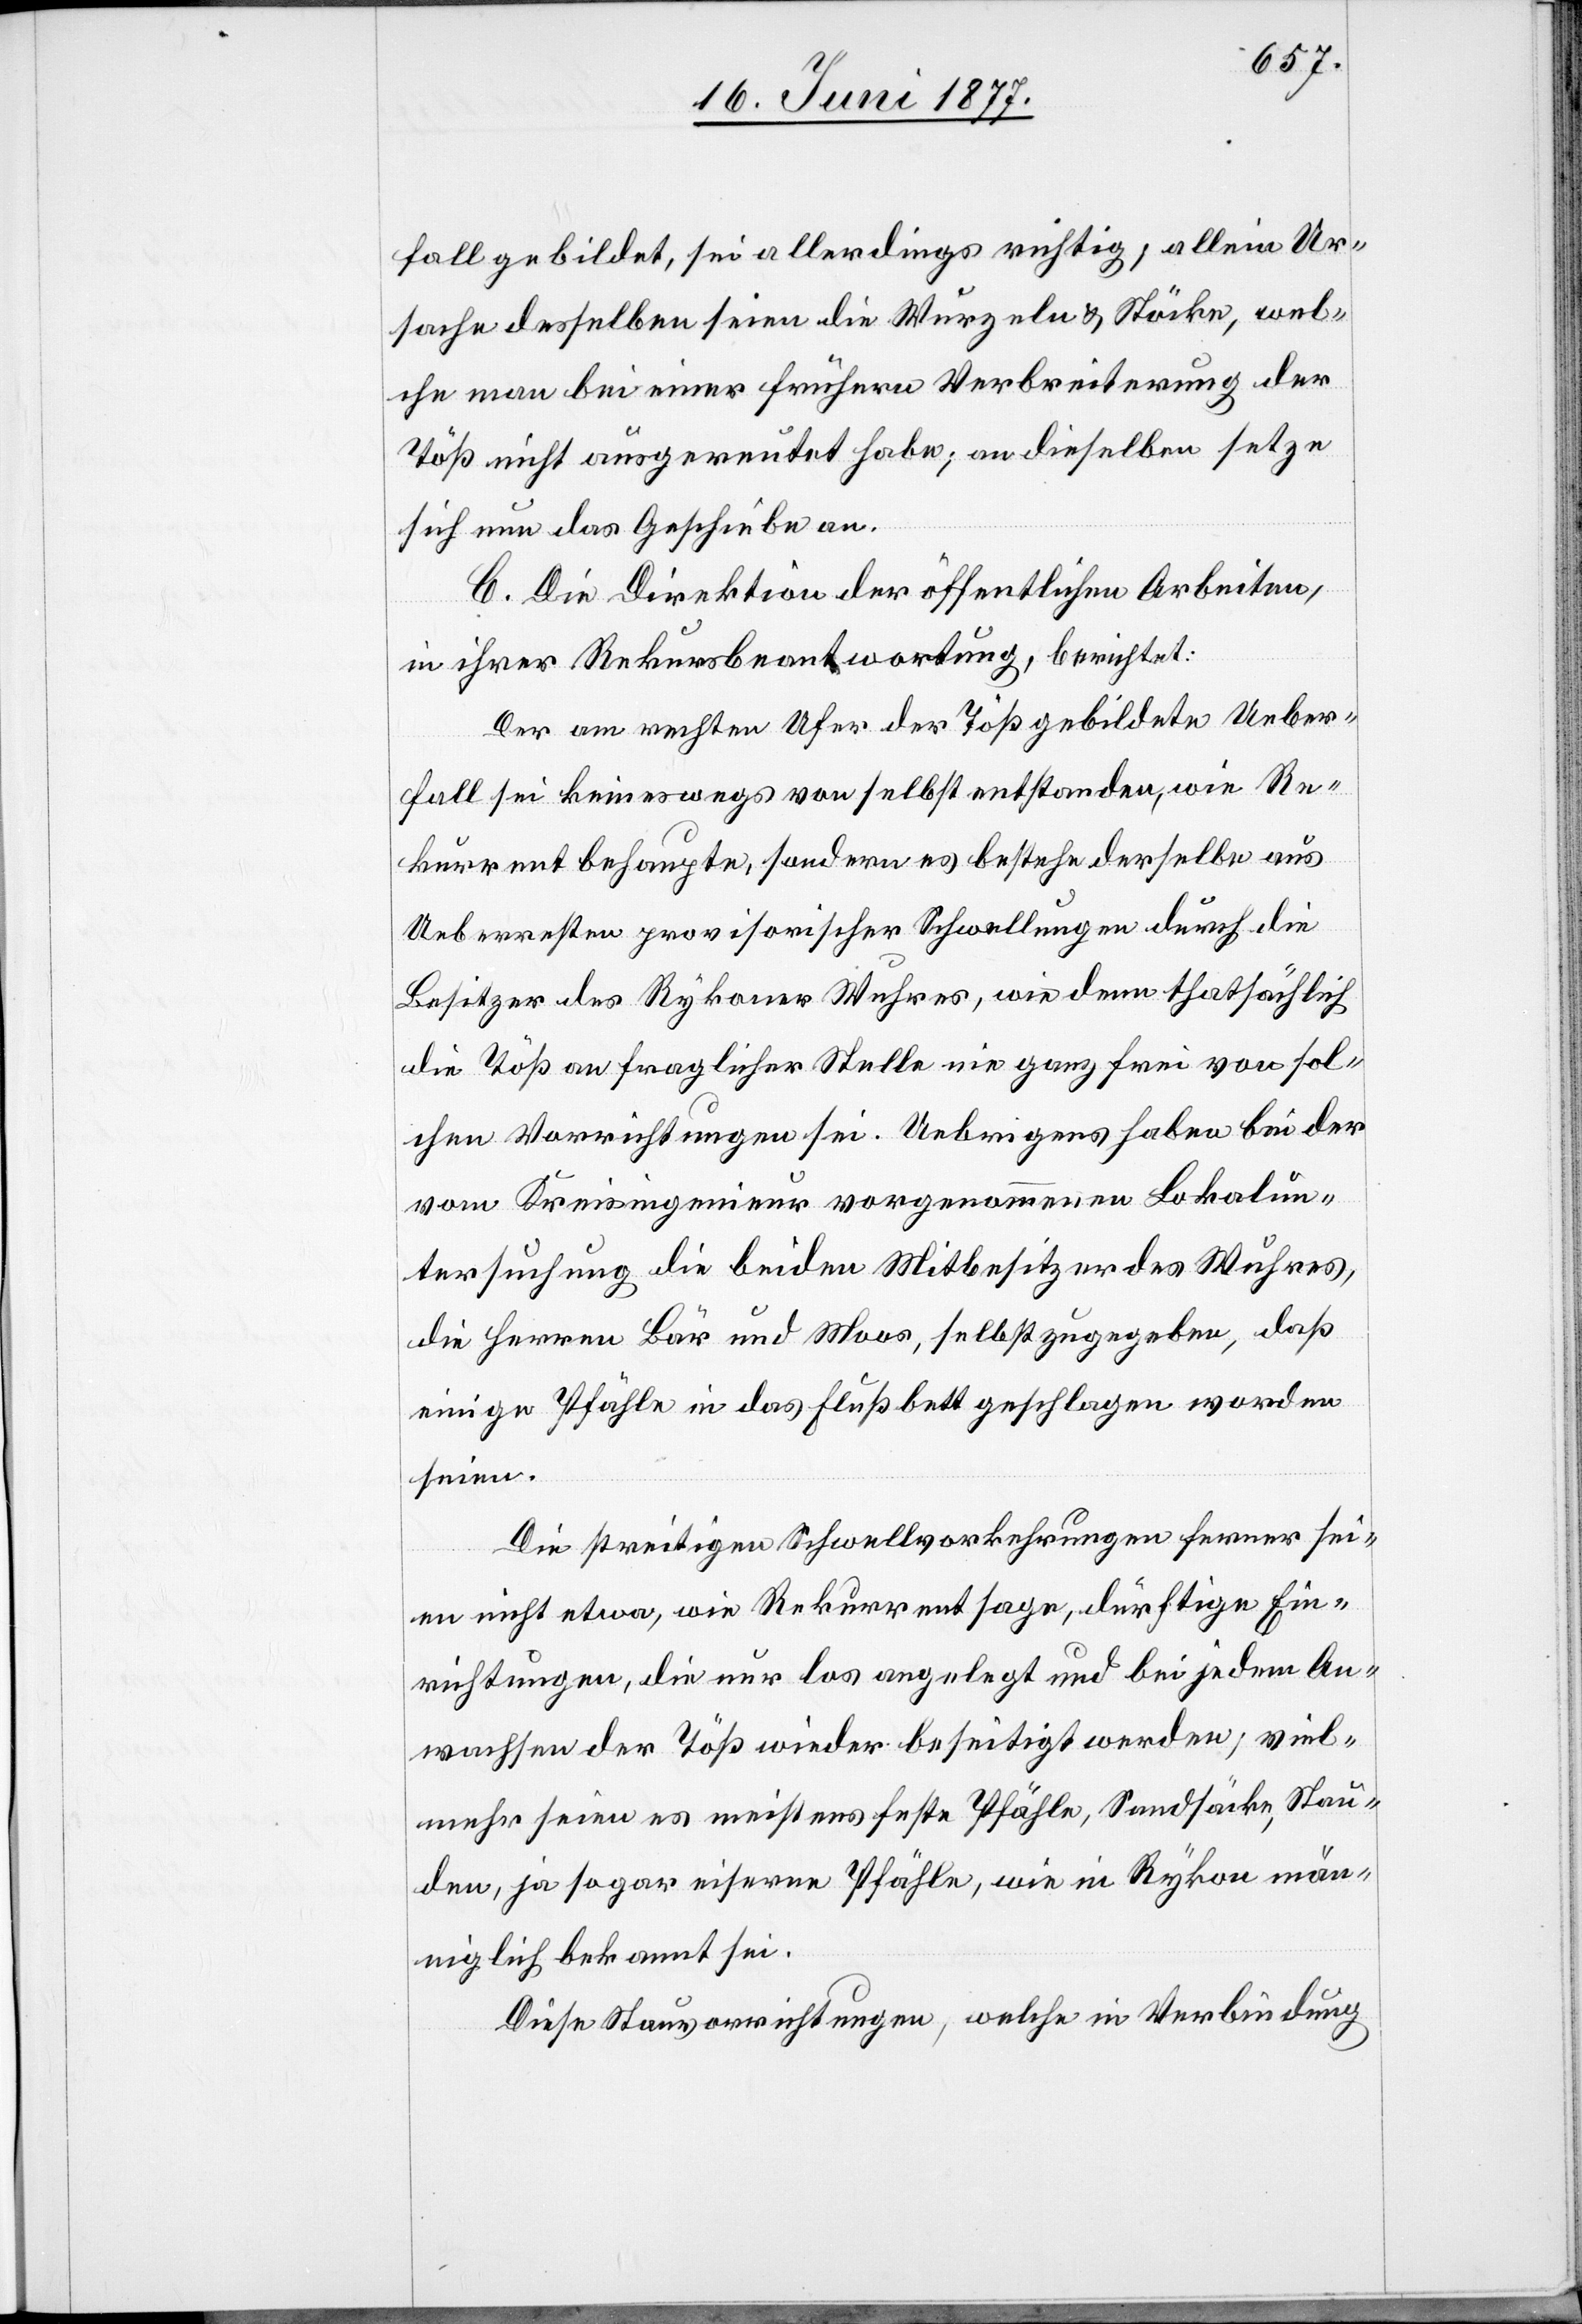
fall gebildet, sei allerdings richtig; allein Ur¬
sache desselben seien die Wurzeln und Stöcke, wel¬
che man bei einer frühern Verbreiterung der
Töß nicht ausgereutet habe; an dieselben setze
sich nun das Geschiebe an.
C. Die Direktion der öffentlichen Arbeiten,
in ihrer Rekursbeantwortung, berichtet:
Der am rechten Ufer der Töß gebildete Ueber¬
fall sei keineswegs von selbst entstanden, wie Re¬
kurrent behaupte, sondern es bestehe derselbe aus
Ueberresten provisorischer Schwellungen durch die
Besitzer des Rykoner Wuhres, wie denn thatsächlich
die Töß an fraglicher Stelle ein ganz frei von sol¬
chen Vorrichtungen sei. Uebrigens haben bei der
vom Kreisingenieur vorgenommenen Lokalun¬
tersuchung die beiden Mitbesitzer des Wuhres,
die Herren Bär und Moos, selbst zugegeben, daß
einige Pfähle in das Flußbett geschlagen worden
seien.
Die streitigen Schwellvorkehrungen ferner sei¬
en nicht etwa, wie Rekurrent sage, dürftige Ein¬
richtungen, die nur los angelegt und bei jedem An¬
wachsen der Töß wieder beseitigt werden; viel¬
mehr seien es meistens feste Pfähle, Sandsäcke, Stau¬
den, ja sogar eiserne Pfähle, wie in Rykon män¬
niglich bekannt sei.
Diese Stauvorrichtungen, welche in Verbindung